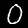
Label: 0